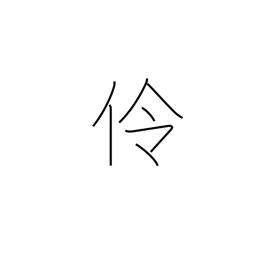
Meaning: actor